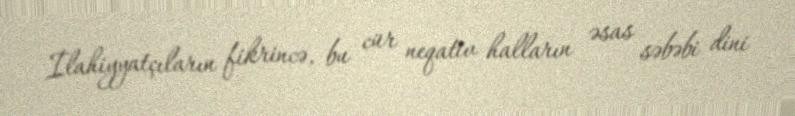
İlahiyyatçıların fikrincə, bu cür neqativ halların əsas səbəbi dini